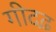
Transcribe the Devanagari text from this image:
गीदढ़